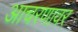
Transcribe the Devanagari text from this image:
आचरणावर